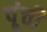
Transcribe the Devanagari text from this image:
पूंची